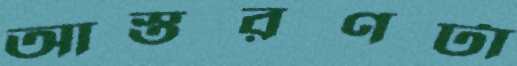
আস্তরণটা